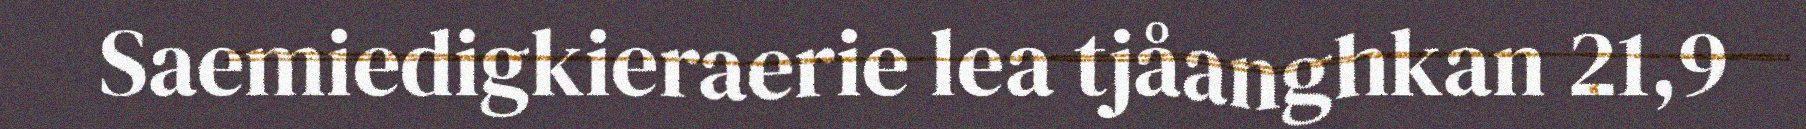
Saemiedigkieraerie lea tjåanghkan 21,9